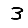
Digit: 3